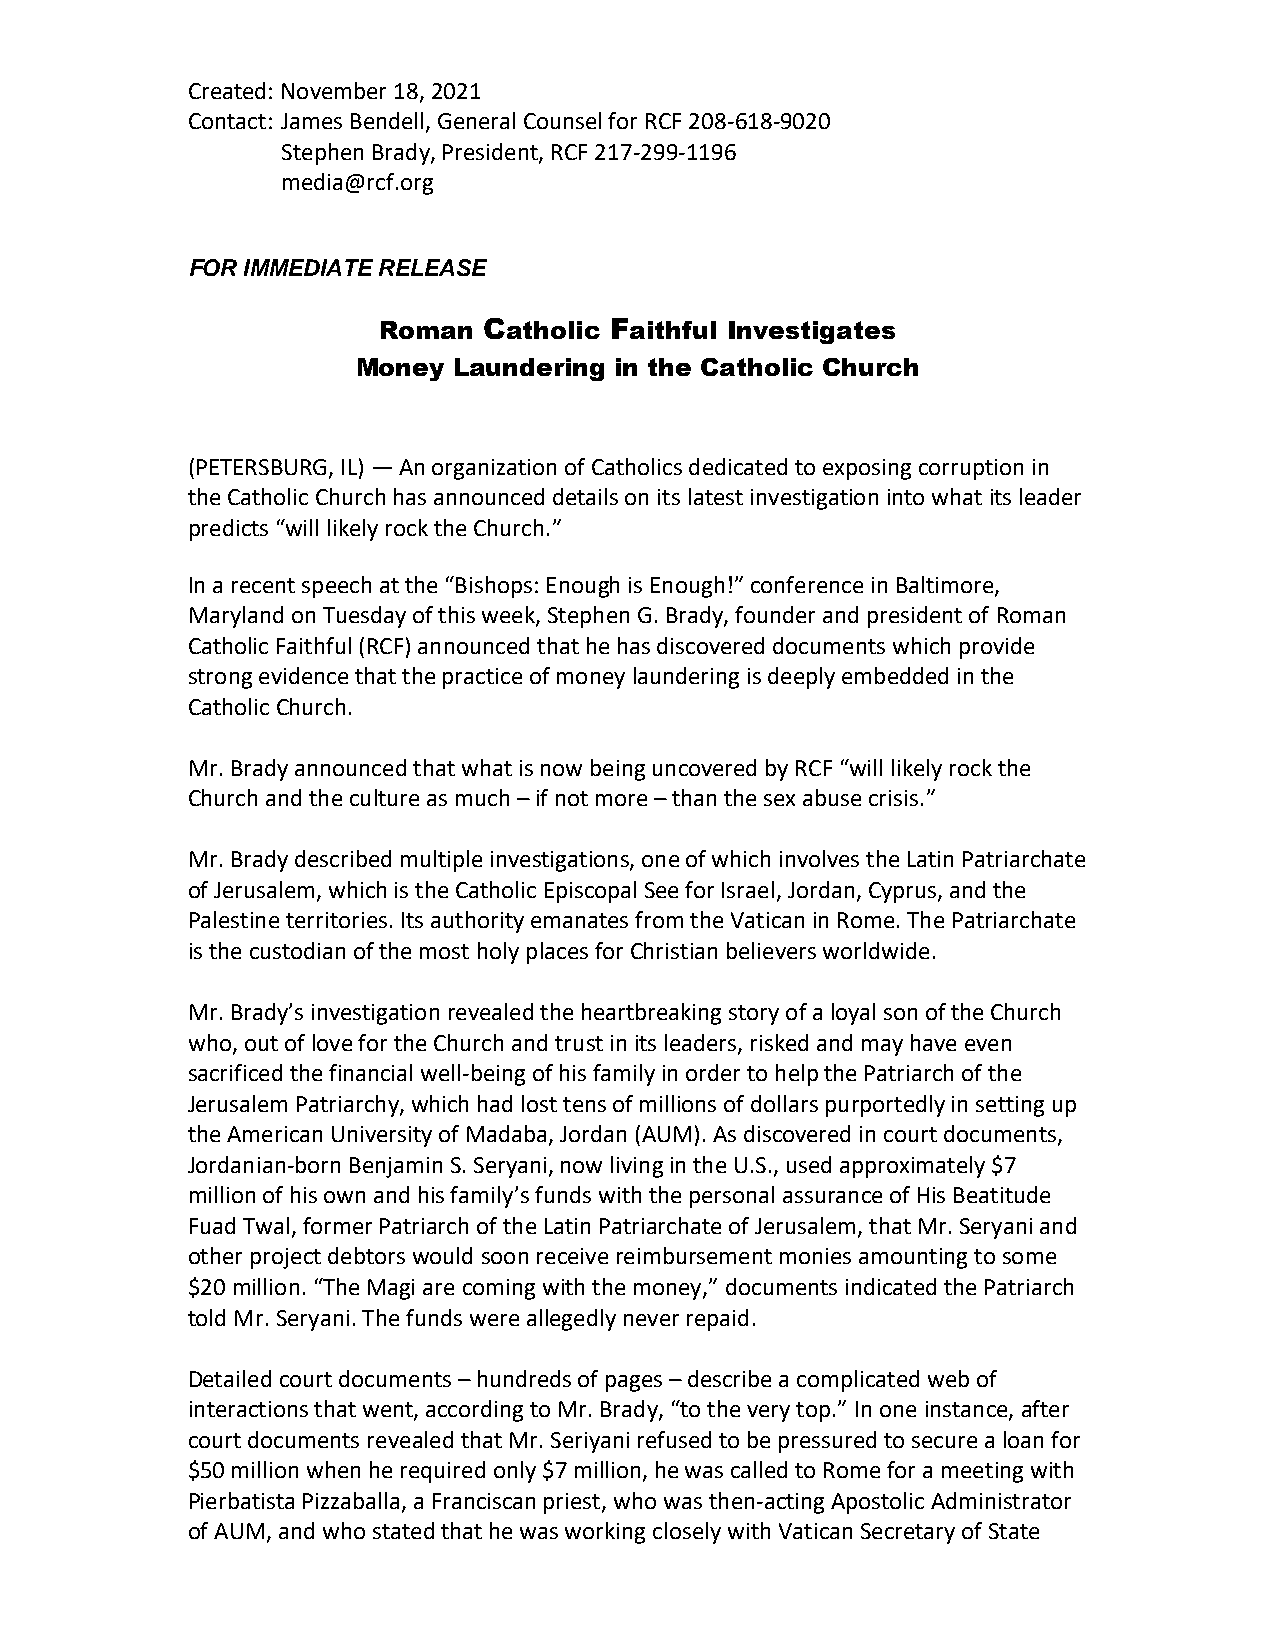
Created: November 18, 2021
 Contact: James Bendell, General Counsel for RCF 208-618-9020
 Stephen Brady, President, RCF 217-299-1196
 media@rcf.org
 FOR IMMEDIATE RELEASE
 Roman  Catholic Faithful Investigates
 Money Laundering in the Catholic Church
 (PETERSBURG, IL) — An organization of Catholics dedicated to exposing corruption in
 the Catholic Church has announced details on its latest investigation into what its leader
 predicts “will likely rock the Church.”
 In a recent speech at the “Bishops: Enough is Enough!” conference in Baltimore,
 Maryland on Tuesday of this week, Stephen G. Brady, founder and president of Roman
 Catholic Faithful (RCF) announced that he has discovered documents which provide
 strong evidence that the practice of money laundering is deeply embedded in the
 Catholic Church.
 Mr. Brady announced that what is now being uncovered by RCF “will likely rock the
 Church and the culture as much – if not more – than the sex abuse crisis.”
 Mr. Brady described multiple investigations, one of which involves the Latin Patriarchate
 of Jerusalem, which is the Catholic Episcopal See for Israel, Jordan, Cyprus, and the
 Palestine territories. Its authority emanates from the Vatican in Rome. The Patriarchate
 is the custodian of the most holy places for Christian believers worldwide.
 Mr. Brady’s investigation revealed the heartbreaking story of a loyal son of the Church
 who, out of love for the Church and trust in its leaders, risked and may have even
 sacrificed the financial well-being of his family in order to help the Patriarch of the
 Jerusalem Patriarchy, which had lost tens of millions of dollars purportedly in setting up
 the American University of Madaba, Jordan (AUM). As discovered in court documents,
 Jordanian-born Benjamin S. Seryani, now living in the U.S., used approximately $7
 million of his own and his family’s funds with the personal assurance of His Beatitude
 Fuad Twal, former Patriarch of the Latin Patriarchate of Jerusalem, that Mr. Seryani and
 other project debtors would soon receive reimbursement monies amounting to some
 $20 million. “The Magi are coming with the money,” documents indicated the Patriarch
 told Mr. Seryani. The funds were allegedly never repaid.
 Detailed court documents – hundreds of pages – describe a complicated web of
 interactions that went, according to Mr. Brady, “to the very top.” In one instance, after
 court documents revealed that Mr. Seriyani refused to be pressured to secure a loan for
 $50 million when he required only $7 million, he was called to Rome for a meeting with
 Pierbatista Pizzaballa, a Franciscan priest, who was then-acting Apostolic Administrator
 of AUM, and who stated that he was working closely with Vatican Secretary of State